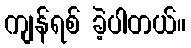
ကျန်ရစ် ခဲ့ပါတယ်။